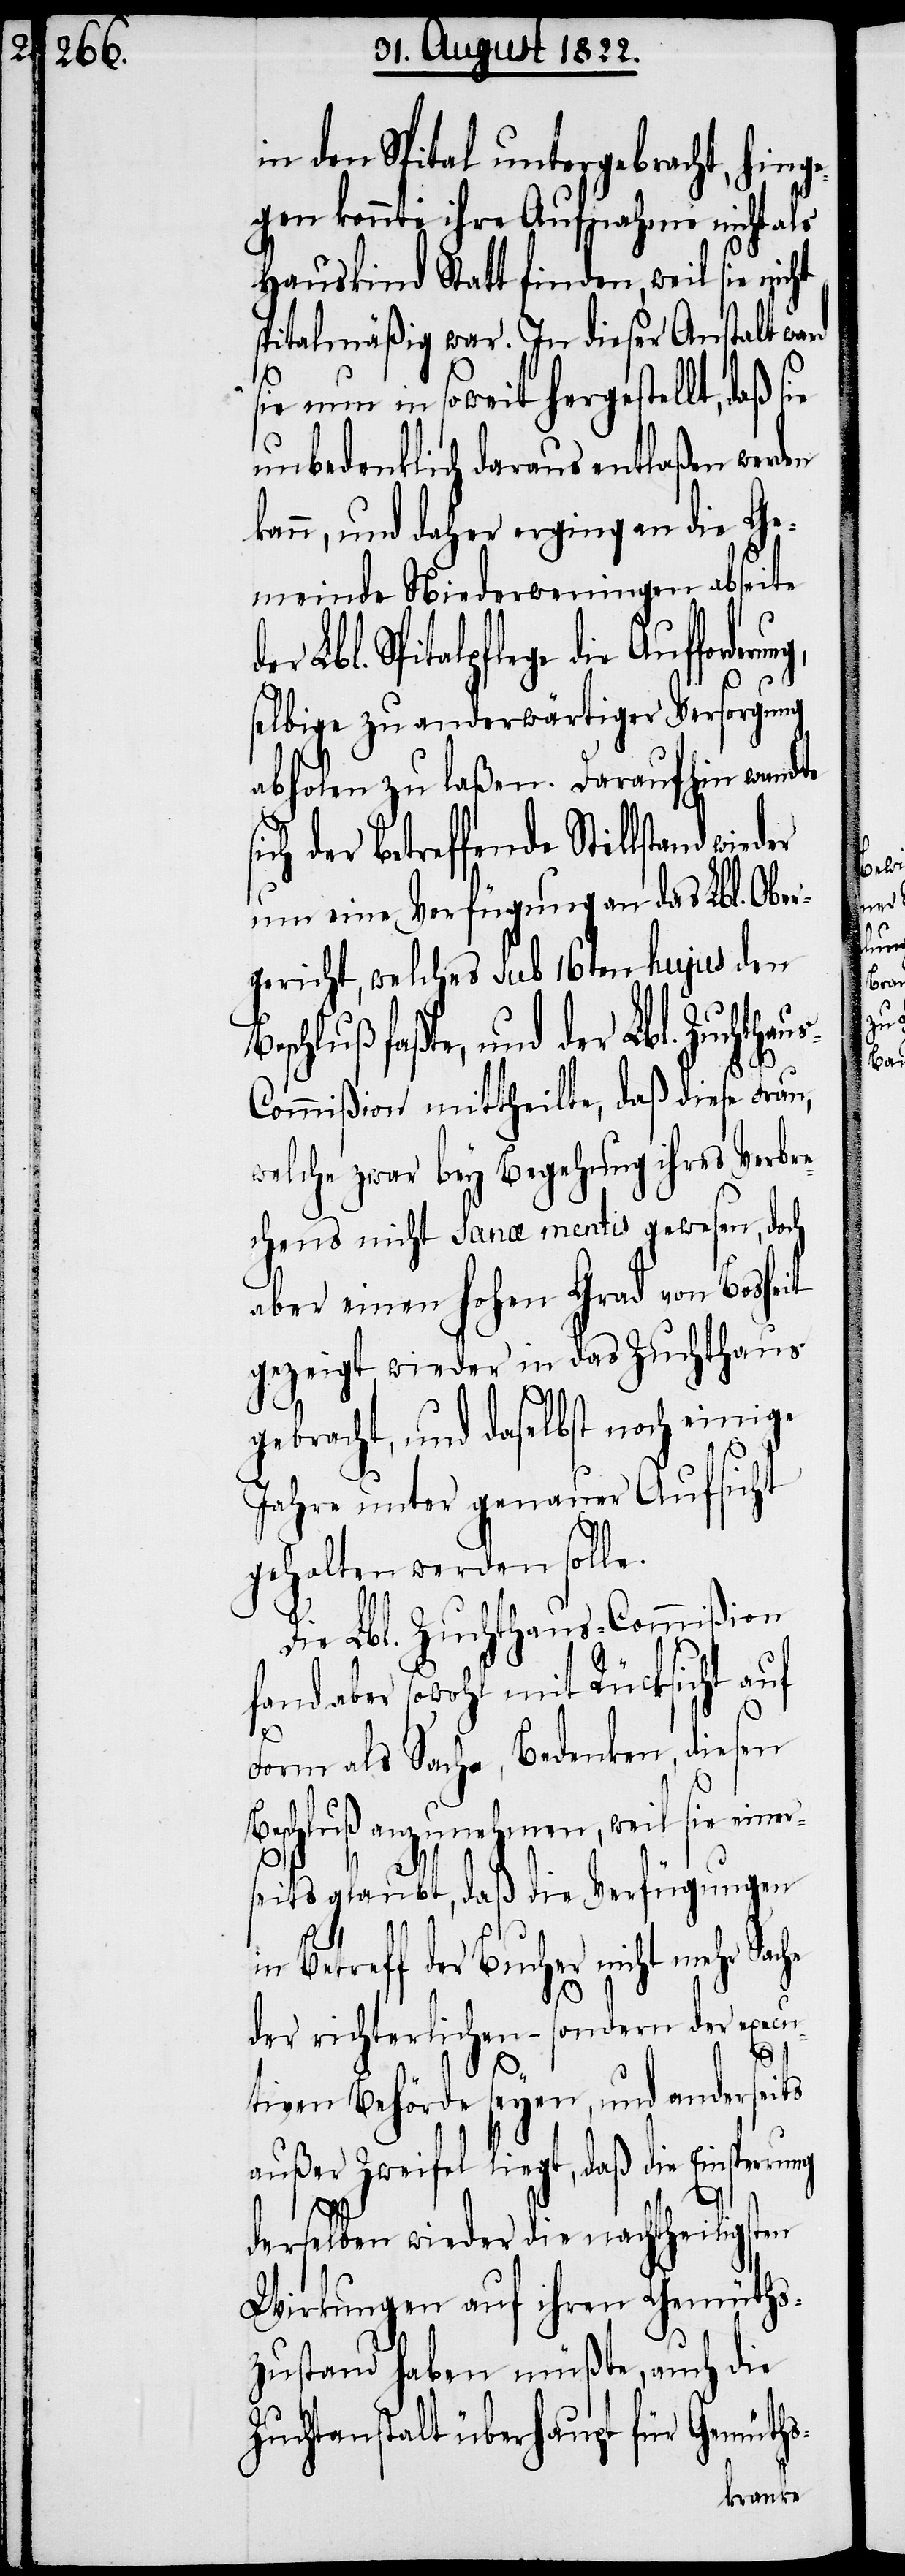
in den Spital untergebracht, hing¬
egen konnte ihre Aufnahme nicht als
Hauskind Statt finden, weil sie nicht
spitalmäßig war. In dieser Anstalt ward
sie nun in soweit hergestellt, daß s¬
unbedenklich daraus entlaßen werden
ann, und daher erging an die Ge¬
meinde Niederweningen abseite
Lbl. Spitalpflege die Aufforder¬
selbige zu anderwärtiger Versorgung
abholen zu laßen. Daraufhin wandte
ich der betreffende Stillstand
um eine Verfügung an das Lbl. Ober¬
gericht, welches Sub 16ten hujus den
eschluß faßte, und der Lbl. Zuchtha¬
ommißion mittheilte, daß diese Frau,
welche zwar bey Begehung ihres Verbre¬
chens nicht Sana mentis gewesen, doch
aber einen hohen Grad von Bosheit
gezeigt, wieder in das Zuchthaus
gebracht, und daselbst noch einige
Jahre unter genauer Aufsicht
gehalten werden solle.
Die Lbl. Zuchthaus-Commißion
fand aber sowohl mit Rücksicht auf
Form als Sache, Bedenken, diesen
Beschluß anzunehmen, weil sie ein¬
eits glaubt, daß die Verfügungen
in Betreff der Bucher nicht mehr Sache
us-C¬
der richterlichen – sondern der execu¬
tiven Behörde seyen, und anderseits
außer Zweifel liegt, daß die Einsprerrung
ung,
ers¬
derselben wieder die nachttheiligsten
Wirkungen auf ihren Gemüths¬
zustand haben müßte, auch die
Zuchtanstalt überhaupt für Gemüths-